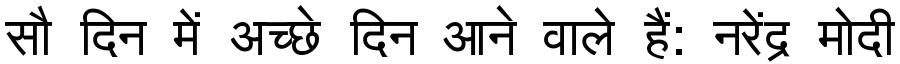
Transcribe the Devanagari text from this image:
सौ दिन में अच्छे दिन आने वाले हैं: नरेंद्र मोदी